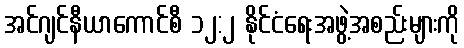
အင်ဂျင်နီယာကောင်စီ ၁၂:၂ နိုင်ငံရေးအဖွဲ့အစည်းများကို